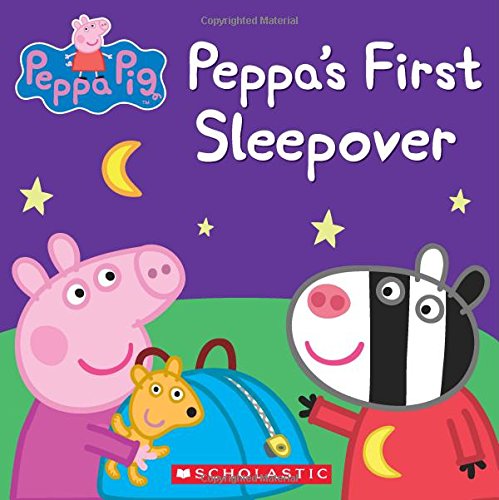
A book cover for Peppa Pig: Peppa's First Sleepover; Scholastic; Children's Books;